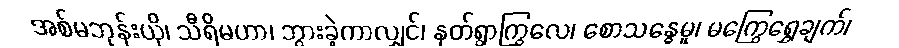
အစ်မဘုန်းယှိ၊ သီရိမဟာ၊ ဘွားခဲ့ကာလျှင်၊ နတ်ရွာကြွလေ၊ စောသန္ဓေမူ၊ မကြွေရွှေချက်၊